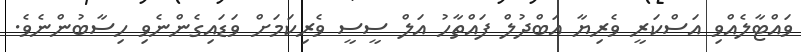
ވައްޓާލެއްވި އަސްކަރީ ވެރިޔާ އަބްދުލް ފައްތާހު އަލް ސީސީ ވެރިކަމަށް ވަޑައިގެންނެވި ހިސާބުންނެވެ.